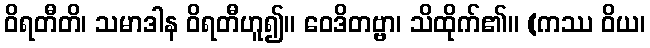
ဝိရတီတိ၊ သမာဒါန ဝိရတီဟူ၍။ ဝေဒိတဗ္ဗာ၊ သိထိုက်၏။ (ကဿ ဝိယ၊